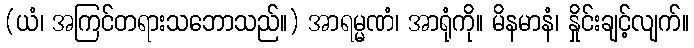
(ယံ၊ အကြင်တရားသဘောသည်။) အာရမ္မဏံ၊ အာရုံကို။ မိနမာနံ၊ နှိုင်းချင့်လျက်။